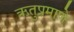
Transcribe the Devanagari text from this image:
ऋतुप्रमाणे